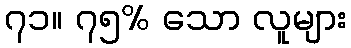
၇၁။ ၇၅% သော လူများ